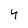
Character: 4